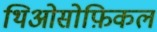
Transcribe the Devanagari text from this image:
थिओसोफ़िकल